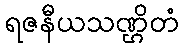
ရဇနီယသဏ္ဌိတံ